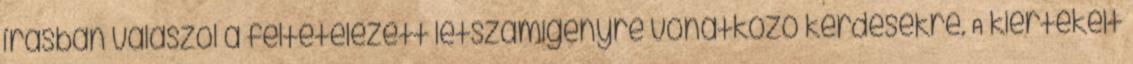
írásban válaszol a feltételezett létszámigényre vonatkozó kérdésekre. A kiértékelt